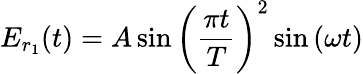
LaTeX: {E}_{r_{1}}(t)=A\sin\left(\frac{\pi t}{T}\right)^{2}\sin\left(\omega t\right)